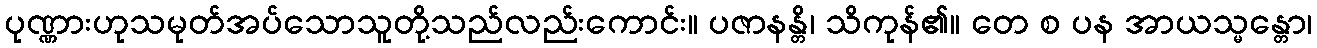
ပုဏ္ဏားဟုသမုတ်အပ်သောသူတို့သည်လည်းကောင်း။ ပဇာနန္တိ၊ သိကုန်၏။ တေ စ ပန အာယသ္မန္တော၊